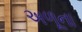
અળૂના